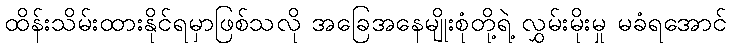
ထိန်းသိမ်းထားနိုင်ရမှာဖြစ်သလို အခြေအနေမျိုးစုံတို့ရဲ့ လွှမ်းမိုးမှု မခံရအောင်